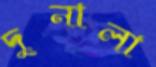
দুনালা